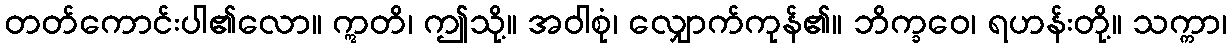
တတ်ကောင်းပါ၏လော။ ဣတိ၊ ဤသို့။ အဝါစုံ၊ လျှောက်ကုန်၏။ ဘိက္ခဝေ၊ ရဟန်းတို့။ သက္ကာ၊